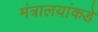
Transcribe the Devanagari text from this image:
मंत्रालयांकडे